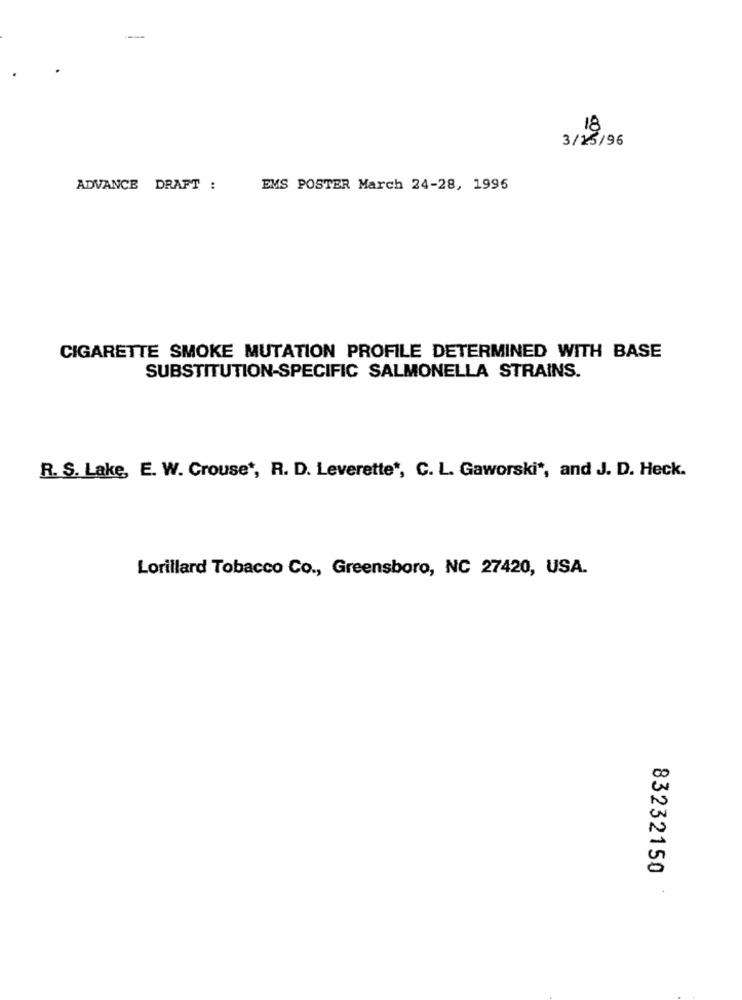
18
3/25/96
ADVANCE DRAFT :
EMS POSTER March 24-28, 1995
CIGARETTE SMOKE MUTATION PROFILE DETERMINED WITH BASE
SUBSTITUTION-SPECIFIC SALMONELLA STRAINS.
R. S. Lake, E. W. Crouse', R. D. Leverette", C. L. Gaworski *, and J. D. Heck.
Lorillard Tobacco Co ., Greensboro, NC 27420, USA.
83232150